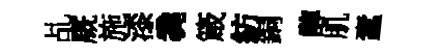
乩廐施漆毳箴紡銅醇肌蠧